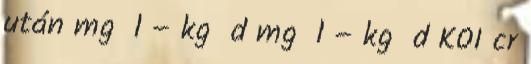
után mg l – kg d mg l – kg d KOI cr